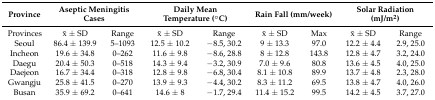
<table><thead><tr><td><b>Province</b></td><td colspan="2"><b>Aseptic Meningitis Cases</b></td><td colspan="2"><b>Daily Mean Temperature (°C)</b></td><td colspan="2"><b>Rain Fall (mm/week)</b></td><td colspan="2"><b>Solar Radiation (mJ/m<sup>2</sup>)</b></td></tr></thead><tbody><tr><td>Provinces</td><td>x̄ ± SD</td><td>Range</td><td>x̄ ± SD</td><td>Range</td><td>x̄ ± SD</td><td>Max</td><td>x̄ ± SD</td><td>Range</td></tr><tr><td>Seoul</td><td>86.4 ± 139.9</td><td>5–1093</td><td>12.5 ± 10.2</td><td>−8.5, 30.2</td><td>9 ± 13.3</td><td>97.0</td><td>12.2 ± 4.4</td><td>2.9, 25.0</td></tr><tr><td>Incheon</td><td>19.6 ± 34.8</td><td>0–262</td><td>11.6 ± 9.8</td><td>−8.6, 28.8</td><td>8 ± 12.8</td><td>143.8</td><td>12.8 ± 4.7</td><td>3.2, 24.0</td></tr><tr><td>Daegu</td><td>20.4 ± 50.3</td><td>0–518</td><td>14.3 ± 9.4</td><td>−3.2, 30.9</td><td>7.0 ± 9.6</td><td>80.8</td><td>13.6 ± 4.5</td><td>4.0, 25.0</td></tr><tr><td>Daejeon</td><td>16.7 ± 34.4</td><td>0–318</td><td>12.8 ± 9.8</td><td>−6.8, 30.4</td><td>8.1 ± 10.8</td><td>89.9</td><td>13.7 ± 4.8</td><td>2.3, 28.0</td></tr><tr><td>Gwangju</td><td>25.8 ± 41.5</td><td>0–270</td><td>13.9 ± 9.3</td><td>−4.4, 30.2</td><td>8.3 ± 11.2</td><td>69.5</td><td>13.8 ± 4.7</td><td>4.0, 26.0</td></tr><tr><td>Busan</td><td>35.9 ± 69.2</td><td>0–641</td><td>14.6 ± 8</td><td>−1.7, 29.4</td><td>11.4 ± 15.2</td><td>99.5</td><td>14.2 ± 4.5</td><td>3.7, 27.0</td></tr></tbody></table>